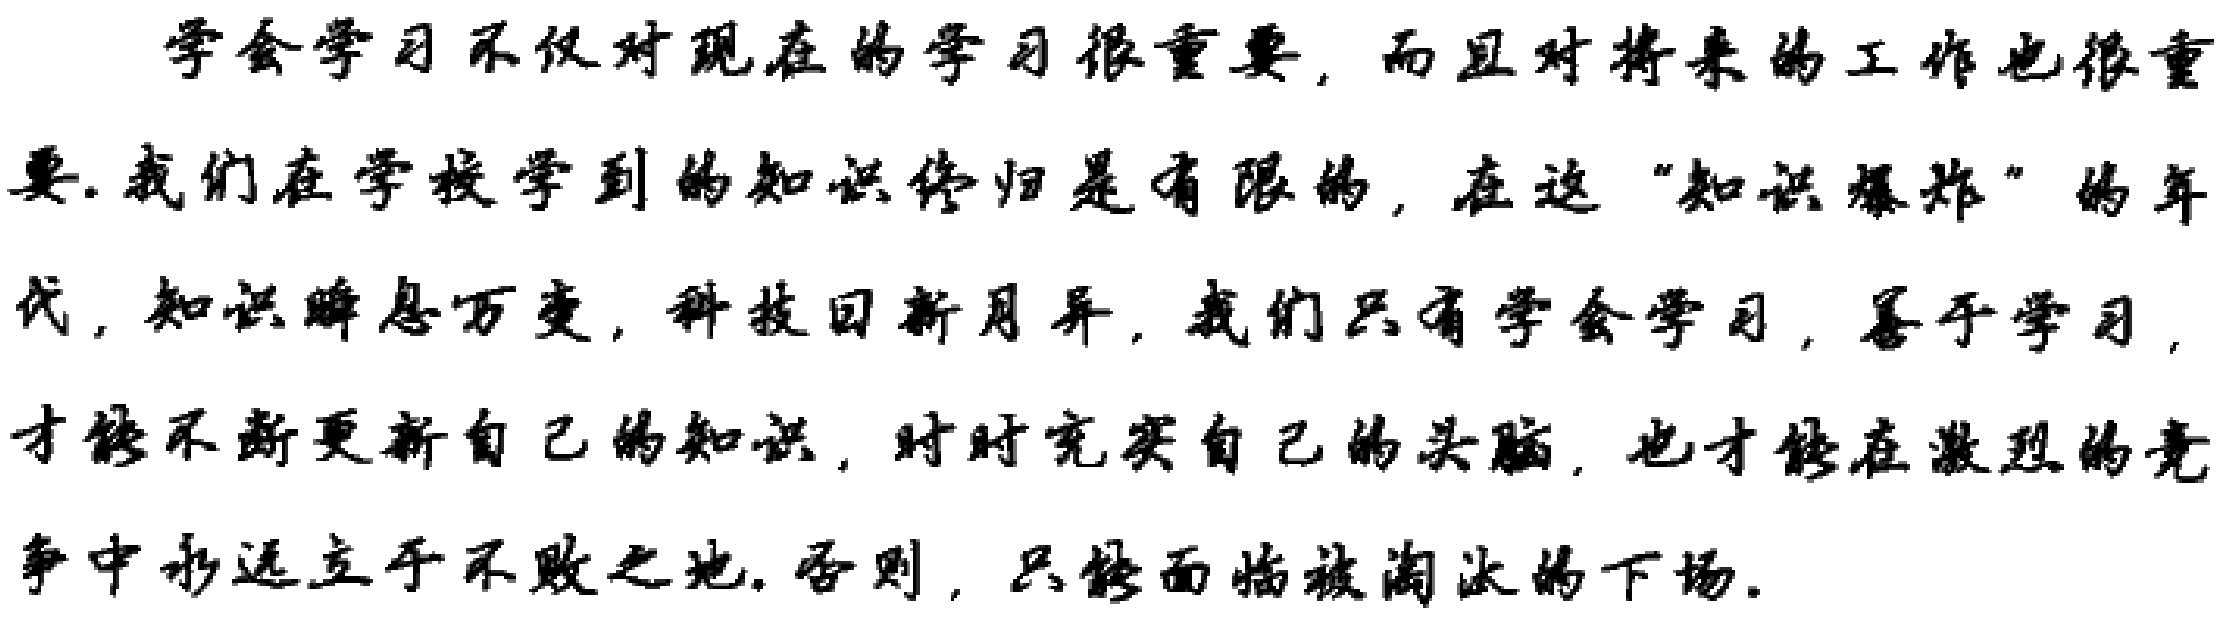
学会学习不仅对现在的学习很重要，而且对将来的工作也很重要.我们在学校学到的知识终归是有限的，在这“知识爆炸”的年代，知识瞬息万变，科技日新月异，我们只有学会学习，善于学习，才能不断更新自己的知识，时时充实自己的头脑，也才能在激烈的竞争中永远立于不败之地.否则，只能面临被淘汰的下场.